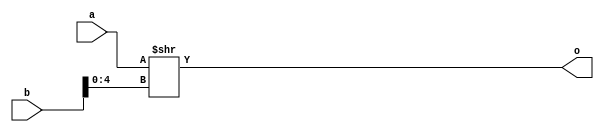
module srl_I_32(
	input wire [31:0] a,
	input wire [31:0] b,
	output wire [31:0] o
);
	assign o = a >> b[4:0];
endmodule